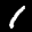
Label: 1